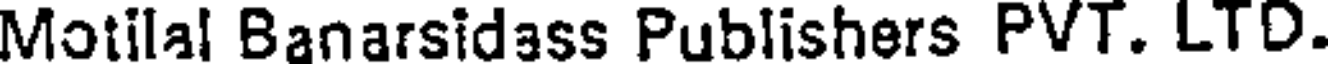
Motilal Banarsidass Publishers PVT. LTD.